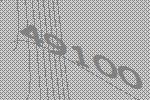
49100